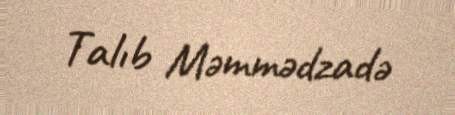
Talıb Məmmədzadə